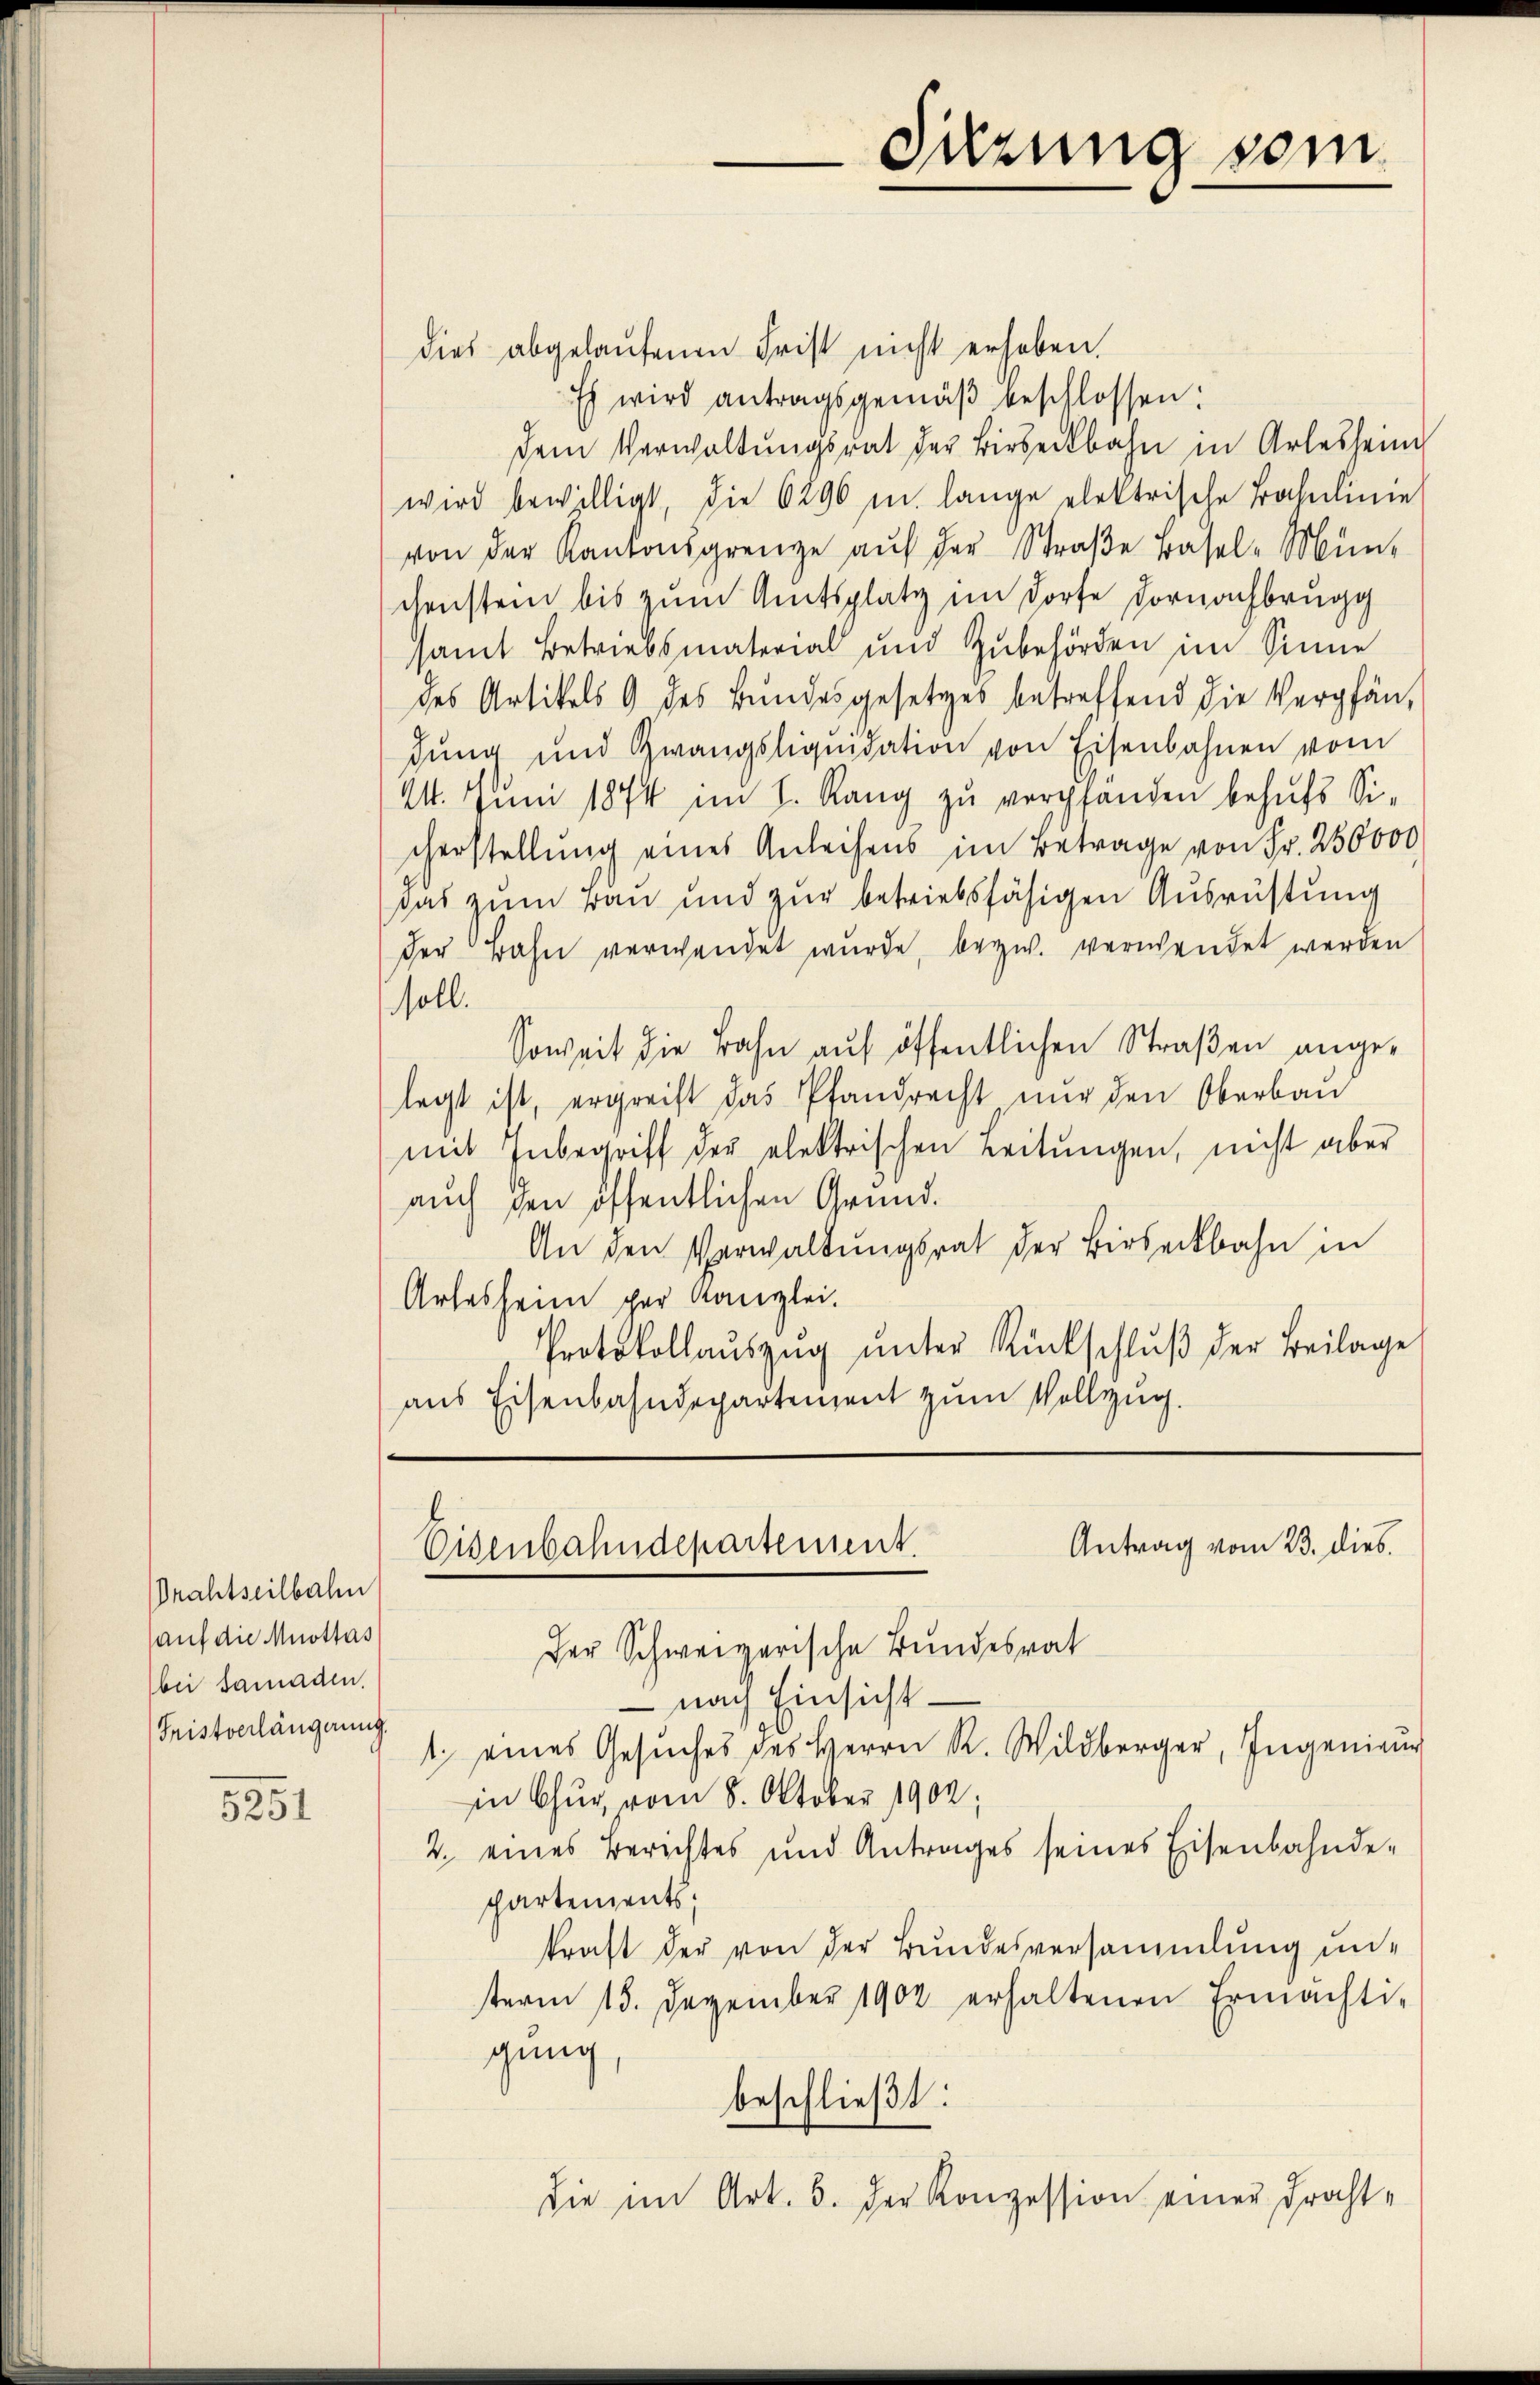
rahtseilbahn
auf die Mottas
bei samaden.
Fristverlängerung.

5251

dies abgelaufenen Frist nicht erhoben.
Es wird antragsgemäβ beschlossen:
dem Verwaltŭngsrat der Birseckbahn in Arlesheim
wird bewilligt, die 6296 in lange elektrische Bahnlinie
von der Kantonsgrenze aŭf der Straβe Basel-Mün-
chenstein bis zum Amtsplatz im Dorfe Dornachbrugg
samt Betriebsmaterial und Zubehörden im Sinne
des Artikels 9 des Bundesgesetzes betreffend die Verpfän
dung und Zwangsliquidation von Eisenbahnen vom
14. Juni 1874 im h. Rang zu verpfanden behufs Sicherstellung eines Anleihens im Betrage von Fr. 250000
das zum Bau und zur betriebsfähigen Ausrüstung
der Bahn verwendet wurde, bezw. verwendet werden
soll.
soweit die Bahn auf öffentlichen Straßen angelegt ist, ergreift das Pfandrecht nur den Oberbau
mit Inbegriff der elektrischen Leitŭngen, nicht aber
auch den öffentlichen Grund¬
An den Verwaltungsrat der Birseckbahn in
Arlesheim per Kanzlei.
Protokollaŭszŭg ŭnter Rückschlŭβ der Beilage
aus Eisenbahndepartement zum Vollzug.

Antrag vom 23. dies.
Eisenbahndepartement.

Der Schweizerische Bundesrat
nach Einsicht-
in Chur, vom 8. Oktober 1902:
2. eines Berichtes und Antrages seines Eisenbahnde-
partements,
kraft der von der Bundesversammlung un-
term 15. Dezember 1902 erhaltenen Ermächti-
gung
beschließt:
die im Art. 6. der Konzession einer Fracht¬

Sitzung sein.

1 eines Gesŭches des Herrn R. Wildberger, Ingenieur